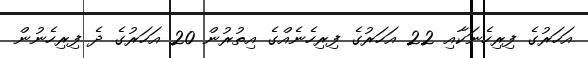
އަހަރުގެ ފިރިހެނަކާއި 22 އަހަރުގެ ފިރިހެނެއްގެ އިތުރުން 20 އަހަރުގެ ދެ ފިރިހެނުން